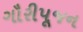
ગૌરીપૂજન